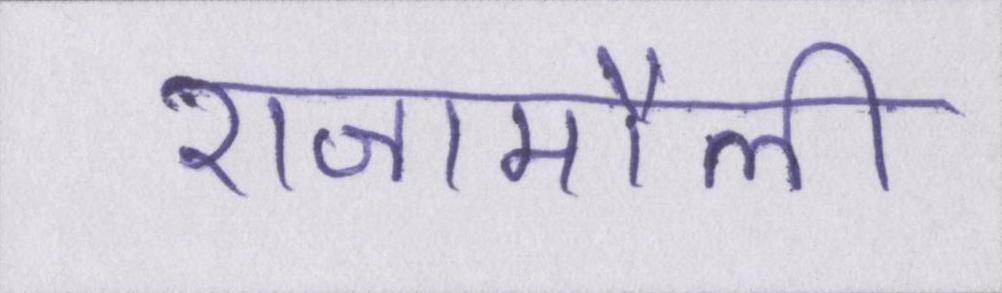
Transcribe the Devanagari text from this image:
राजामौली